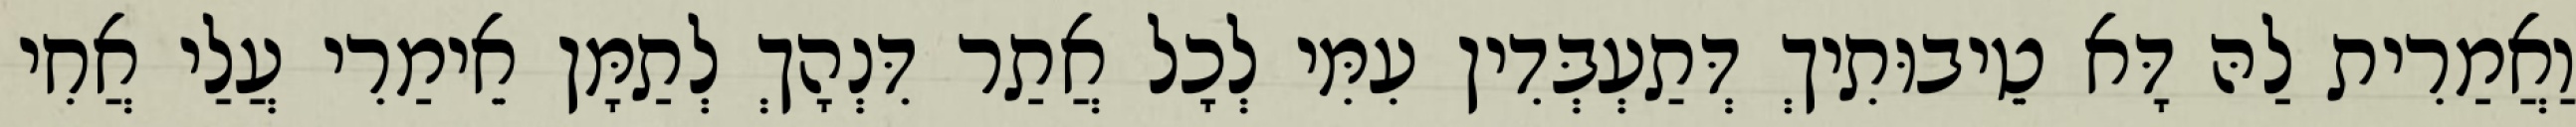
וַאֲמַרִית לַהּ דָּא טֵיבוּתִיךְ דְּתַעְבְּדִין עִמִּי לְכָל אֲתַר דִּנְהָךְ לְתַמָּן אֵימַרִי עֲלַי אֲחִי